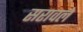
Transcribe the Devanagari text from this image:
सरावले